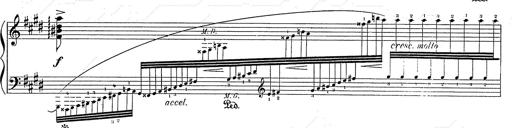
Title: Hungarian Rhapsody No.2
Composer: Franz Liszt
Key: C-sharp minor